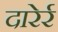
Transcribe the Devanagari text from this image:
दारेर्र